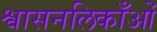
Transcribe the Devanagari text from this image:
श्वासनलिकाँओं